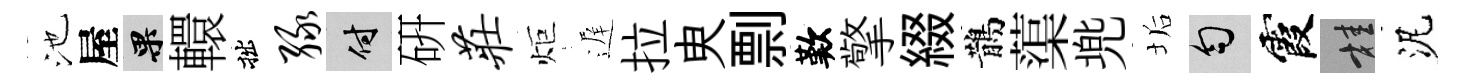
池屋果轘拙绿付硏庄炬遅拉㬰剽歎擎綴鵲蕖兠垢匀霞桂泥